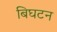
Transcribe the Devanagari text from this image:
बिघटन